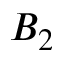
B _ { 2 }